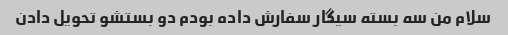
سلام من سه بسته سیگار سفارش داده بودم دو بستشو تحویل دادن